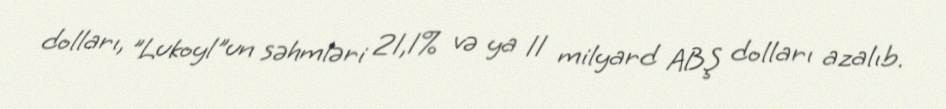
dolları, "Lukoyl"un səhmləri 21,1% və ya 11 milyard ABŞ dolları azalıb.